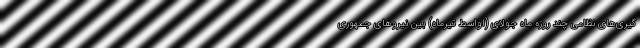
گیری‌های نظامی چند روزه ماه جولای (اواسط تیرماه) بین نیروهای جمهوری